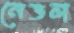
নেভল